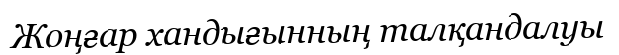
Жоңғар хандығынның талқандалуы